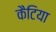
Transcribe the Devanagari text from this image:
कैटिया